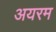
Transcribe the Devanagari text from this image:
अयरम